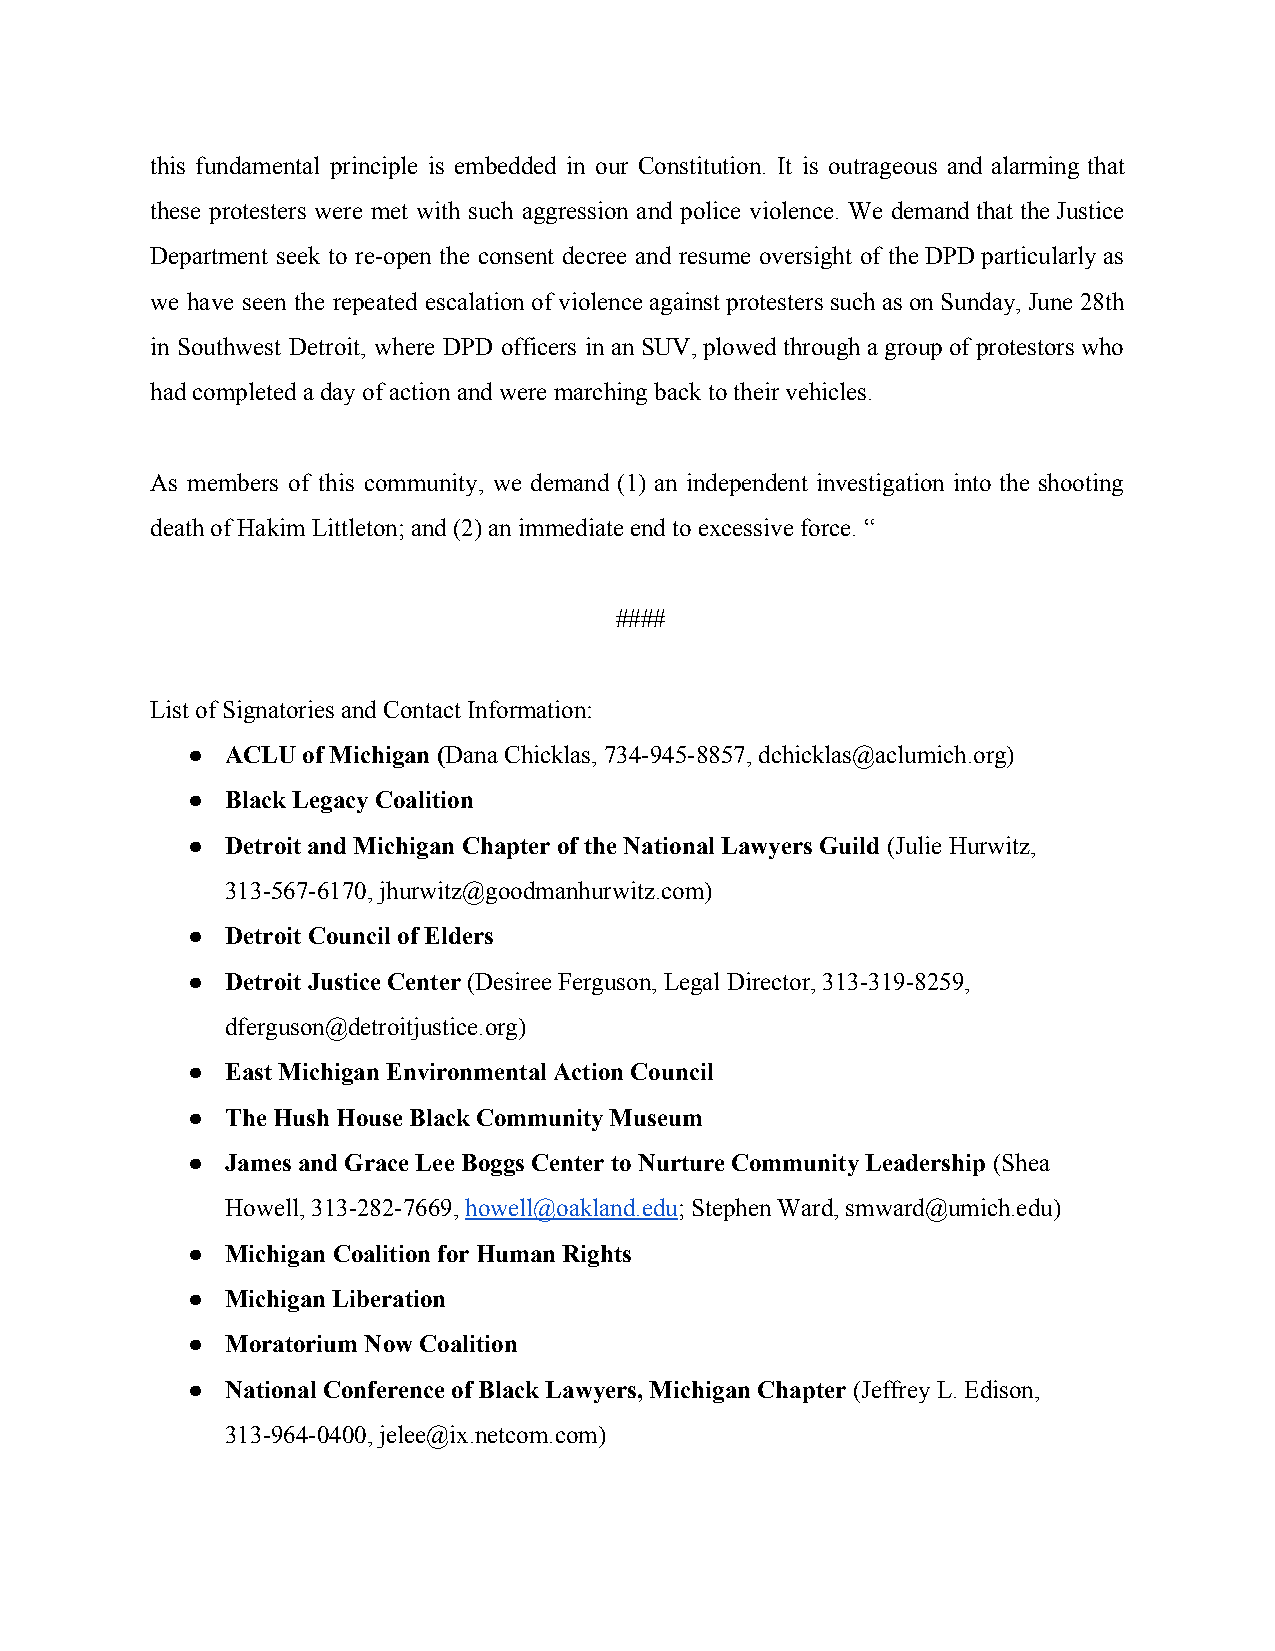
this fundamental principle is embedded in our Constitution. It is outrageous and alarming that
 these protesters were met with such aggression and police violence. We demand that the Justice
 Department seek to re-open the consent decree and resume oversight of the DPD particularly as
 we have seen the repeated escalation of violence against protesters such as on Sunday, June 28th
 in Southwest Detroit, where DPD officers in an SUV, plowed through a group of protestors who
 had completed a day of action and were marching back to their vehicles.
 As members of this community, we demand (1) an independent investigation into the shooting
 death of Hakim Littleton; and (2) an immediate end to excessive force. “
 ####
 List of Signatories and Contact Information:
 ●  ACLU of Michigan (Dana Chicklas, 734-945-8857, dchicklas@aclumich.org)
 ​
 ●  Black Legacy Coalition
 ●  Detroit and Michigan Chapter of the National Lawyers Guild (Julie Hurwitz,
 ​
 313-567-6170, jhurwitz@goodmanhurwitz.com)
 ●  Detroit Council of Elders
 ●  Detroit Justice Center (Desiree Ferguson, Legal Director, 313-319-8259,
 ​
 dferguson@detroitjustice.org)
 ●  East Michigan Environmental Action Council
 ●  The Hush House Black Community Museum
 ●  James and Grace Lee Boggs Center to Nurture Community Leadership (Shea
 ​
 Howell, 313-282-7669, howell@oakland.edu; Stephen Ward, smward@umich.edu)
 ​             ​
 ●  Michigan Coalition for Human Rights
 ●  Michigan Liberation
 ●  Moratorium Now Coalition
 ●  National Conference of Black Lawyers, Michigan Chapter (Jeffrey L. Edison,
 ​
 313-964-0400, jelee@ix.netcom.com)